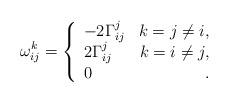
LaTeX: \begin{align*} \omega_{ij}^k=\left\{ \begin{array}{lr} -2\Gamma_{ij}^j& k=j\neq i,\\ 2\Gamma_{ij}^j& k=i\neq j,\\ 0 &\,. \end{array}\right.\end{align*}